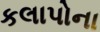
કલાપોના